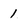
Character: 1